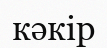
кәкір